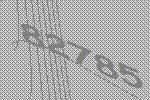
82785